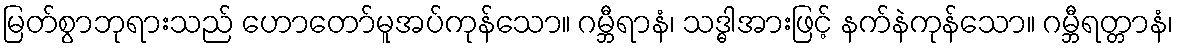
မြတ်စွာဘုရားသည် ဟောတော်မူအပ်ကုန်သော။ ဂမ္ဘီရာနံ၊ သဒ္ဓါအားဖြင့် နက်နဲကုန်သော။ ဂမ္ဘီရတ္တာနံ၊